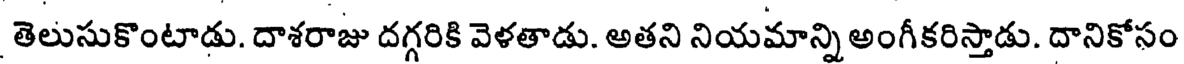
తెలుసుకొంటాడు. దాశరాజు దగ్గరికి వెళతాడు. అతని నియమాన్ని అంగీకరిస్తాడు. దానికోసం